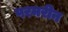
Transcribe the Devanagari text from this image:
परमरीन